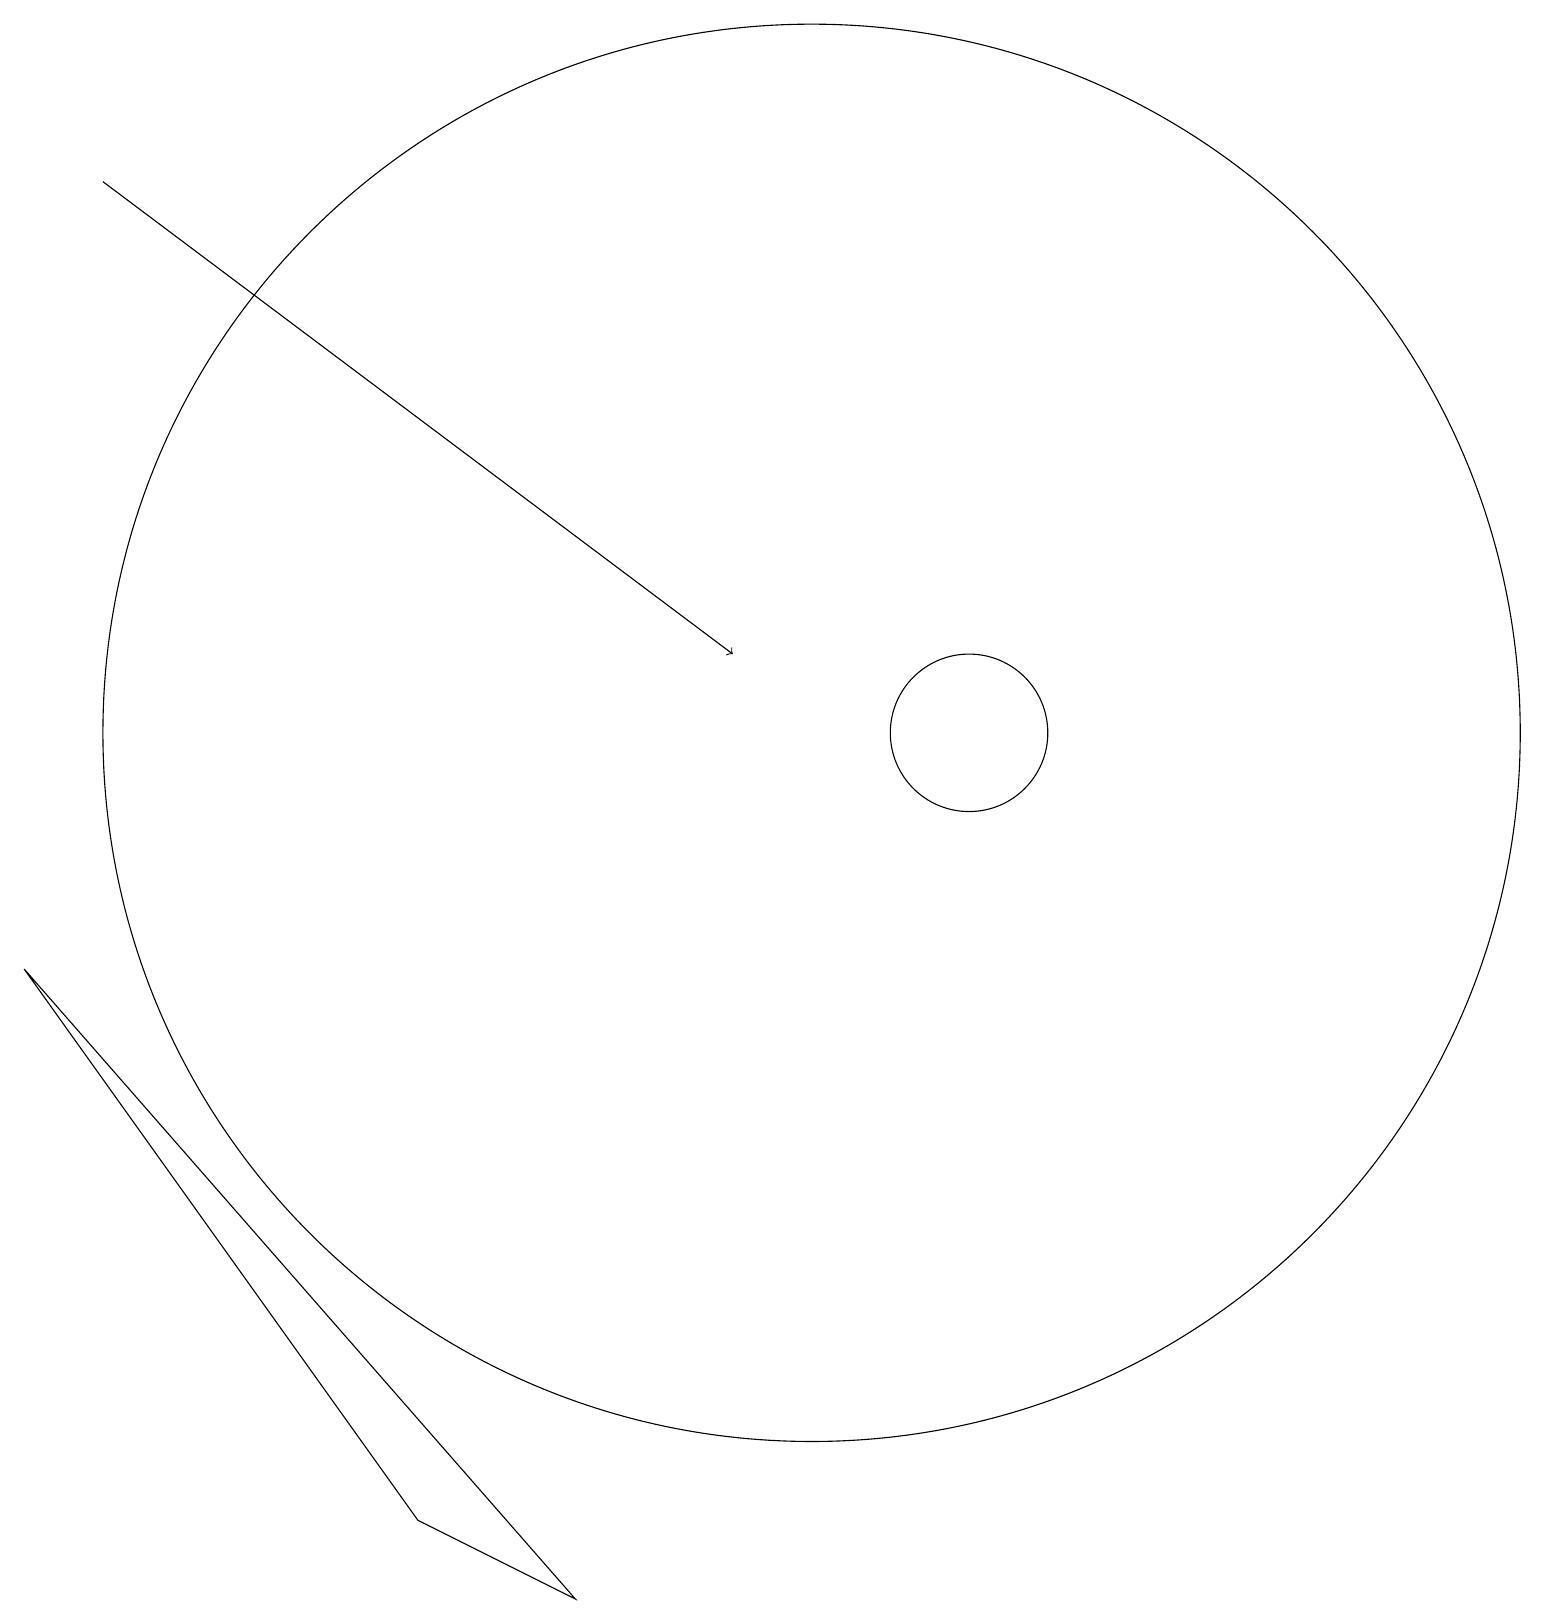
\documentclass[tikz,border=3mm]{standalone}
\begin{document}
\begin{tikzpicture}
\draw[->] (1,18) -- (9,12);
\draw (5,1) -- (0,8) -- (7,0) -- cycle;
\draw (10,11) circle (9);
\draw (12,11) circle (1);
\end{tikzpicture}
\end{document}